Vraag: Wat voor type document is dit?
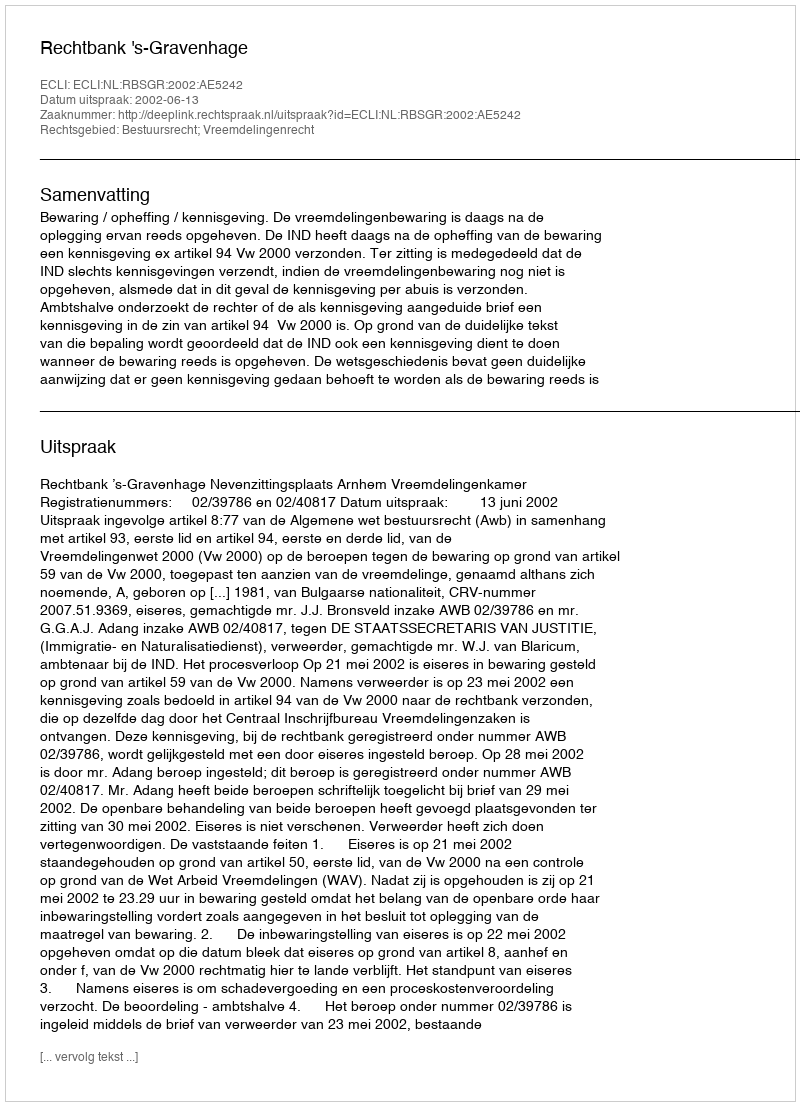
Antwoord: Uitspraak